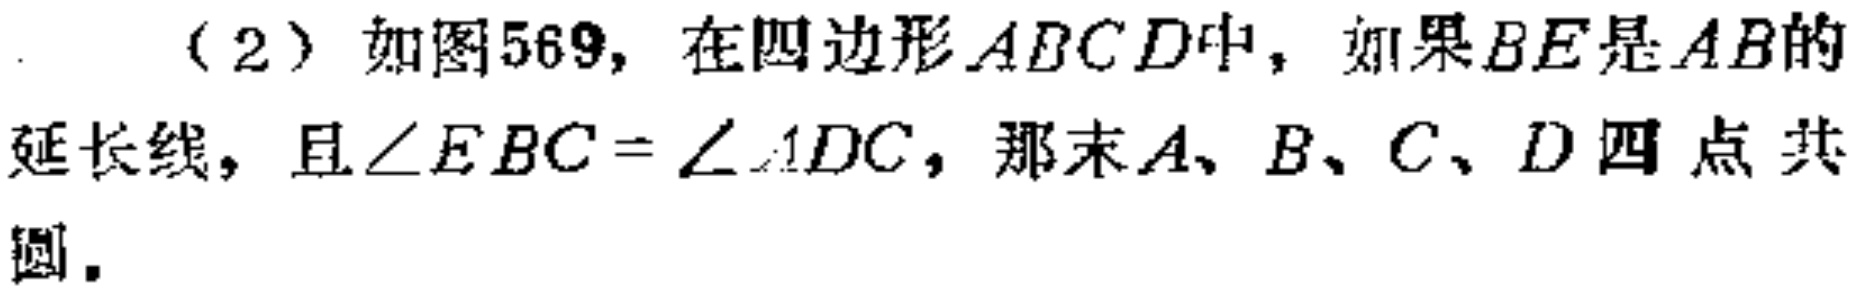
（2）如图569，在四边形\(ABCD\)中，如果\(BE\)是\(AB\)的延长线，且\(\angle EBC = \angle ADC\)，那末\(A、B、C、D\)四点共圆。